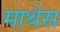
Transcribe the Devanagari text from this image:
माथेस